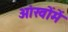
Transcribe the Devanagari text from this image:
आंखोंमें